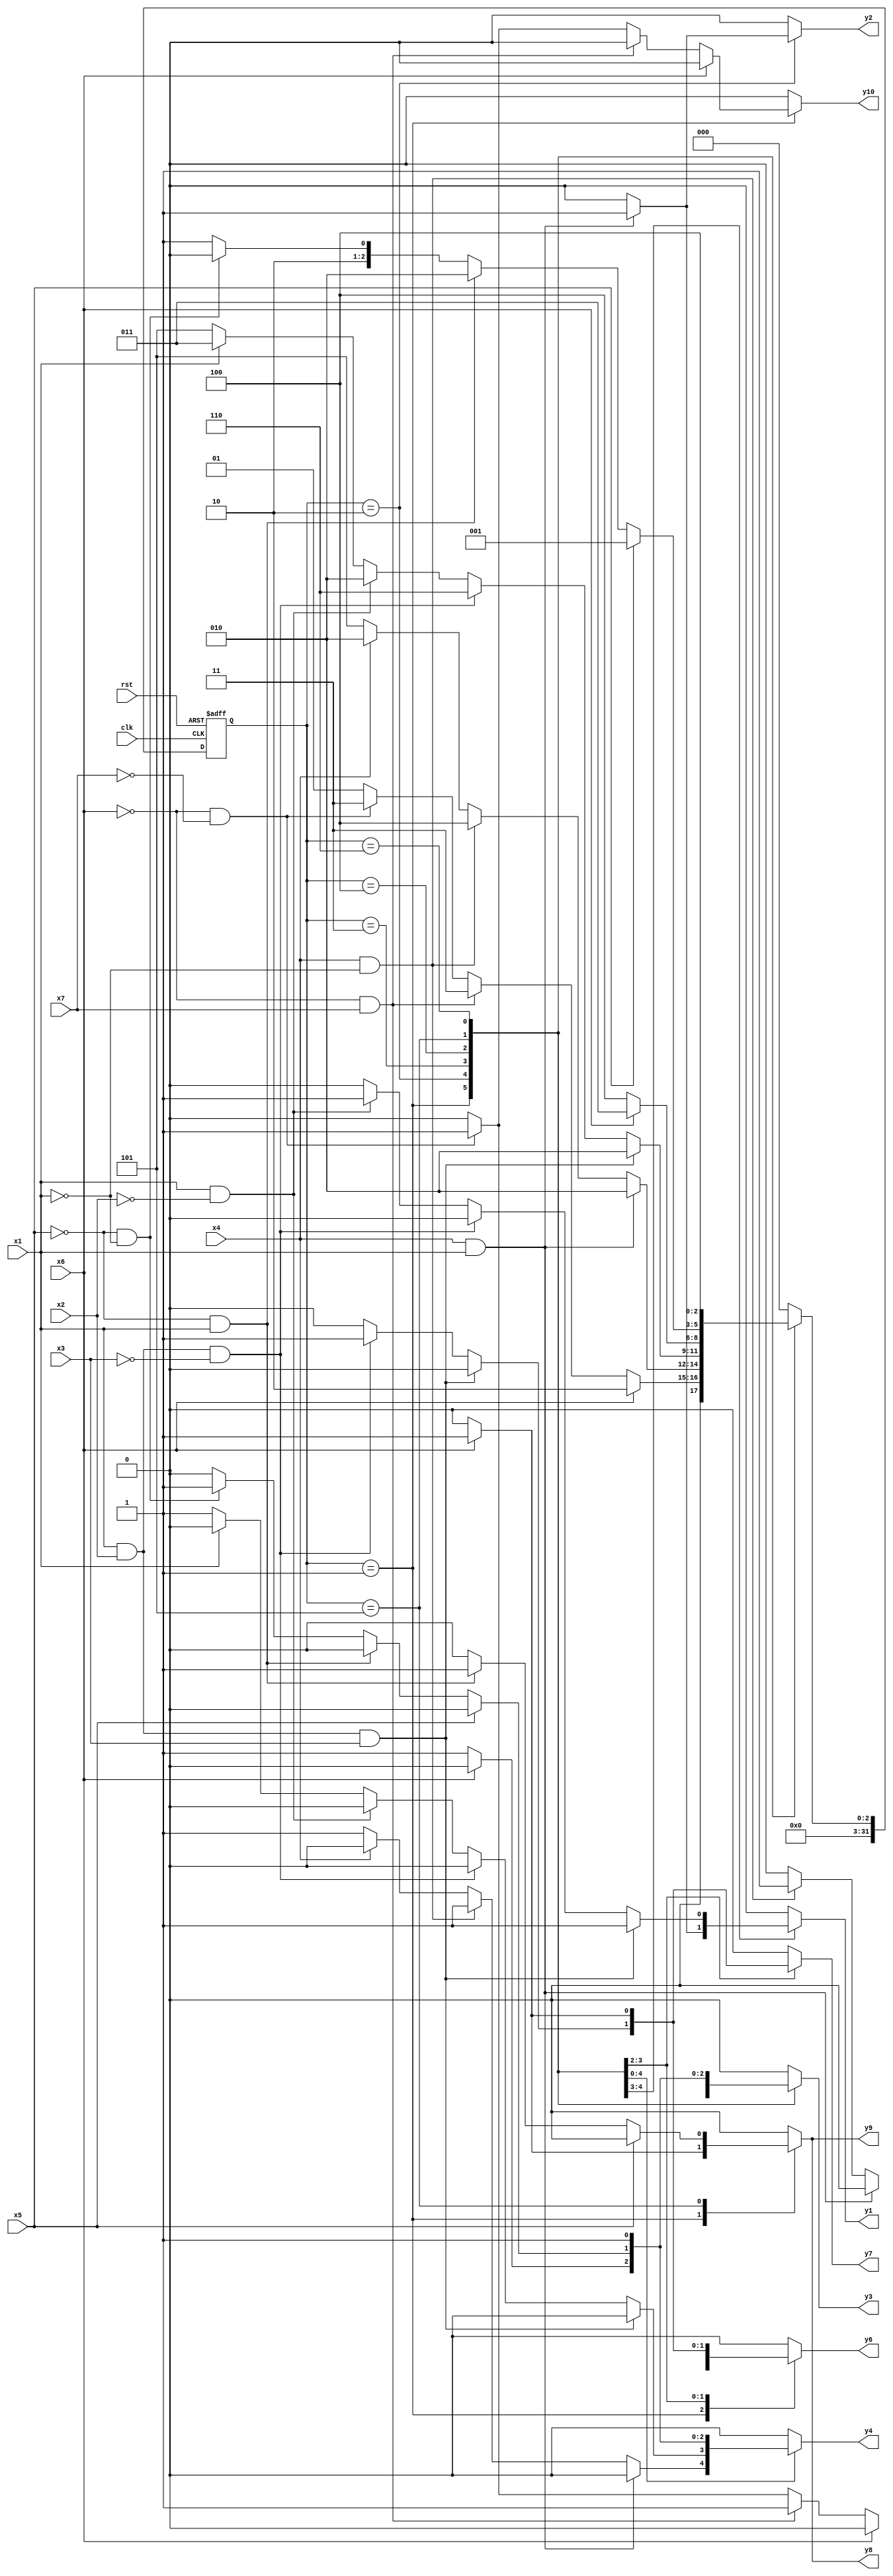
module girl10 ( clk,rst,
	x1, x2, x3, x4, x5, x6, x7, 
	y1, y2, y3, y4, y6, y7, y8, y9, y10);

input clk, rst, x1, x2, x3, x4, x5, x6, x7;
output y1, y2, y3, y4, y6, y7, y8, y9, y10;
reg y1, y2, y3, y4, y6, y7, y8, y9, y10;

parameter s1=1, s2=2, s3=3, s4=4, s5=5, s6=6;
integer pr_state;
integer nx_state;

always@ ( posedge rst or negedge clk )
begin
	if ( rst == 1'b1 )
		pr_state = s1;
	else
		pr_state = nx_state;
end

always@ ( pr_state or x1 or x2 or x3 or x4 or x5 or x6 or x7)
	begin
			y1 = 1'b0;	y2 = 1'b0;	y3 = 1'b0;	y4 = 1'b0;	
			y6 = 1'b0;	y7 = 1'b0;	y8 = 1'b0;	y9 = 1'b0;	
			y10 = 1'b0;	
		case ( pr_state )
				s1 : if( x6 )
						begin
							y8 = 1'b1;	y9 = 1'b1;	
							nx_state = s2;
						end
					else if( ~x6 && x7 )
						begin
							y6 = 1'b1;	
							nx_state = s3;
						end
					else if( ~x6 && ~x7 )
						begin
							y3 = 1'b1;	y6 = 1'b1;	y10 = 1'b1;	
							nx_state = s3;
						end
					else nx_state = s1;
				s2 : if( x4 && x1 )
						begin
							y1 = 1'b1;	y2 = 1'b1;	
							nx_state = s2;
						end
					else if( x4 && ~x1 )
						begin
							y3 = 1'b1;	y4 = 1'b1;	
							nx_state = s4;
						end
					else if( ~x4 )
						begin
							y4 = 1'b1;	
							nx_state = s5;
						end
					else nx_state = s2;
				s3 : if( x1 && x2 && x3 )
						begin
							y1 = 1'b1;	y3 = 1'b1;	
							nx_state = s2;
						end
					else if( x1 && x2 && ~x3 )
						begin
							y6 = 1'b1;	y7 = 1'b1;	
							nx_state = s6;
						end
					else if( x1 && ~x2 )
						begin
							y1 = 1'b1;	y3 = 1'b1;	
							nx_state = s2;
						end
					else if( ~x1 )
						begin
							y4 = 1'b1;	
							nx_state = s5;
						end
					else nx_state = s3;
				s4 : if( x6 )
						begin
							y6 = 1'b1;	y7 = 1'b1;	
							nx_state = s3;
						end
					else if( ~x6 )
						begin
							y3 = 1'b1;	y4 = 1'b1;	
							nx_state = s4;
						end
					else nx_state = s4;
				s5 : if( x5 )
						nx_state = s1;
					else if( ~x5 && x1 )
						begin
							y8 = 1'b1;	y9 = 1'b1;	
							nx_state = s2;
						end
					else if( ~x5 && ~x1 )
						begin
							y3 = 1'b1;	y4 = 1'b1;	
							nx_state = s4;
						end
					else nx_state = s5;
				s6 : if( 1'b1 )
						begin
							y3 = 1'b1;	y4 = 1'b1;	
							nx_state = s4;
						end
					else nx_state = s6;

			default : nx_state = 0;
		endcase
	end
endmodule